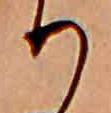
り